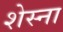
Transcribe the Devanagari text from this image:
शेस्ना